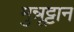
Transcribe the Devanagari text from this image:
मुन्नूट्टान